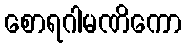
စောရဂါမဏိကော